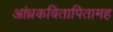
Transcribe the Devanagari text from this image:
आंध्रकवितापितामह